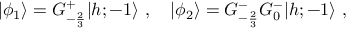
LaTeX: \vert \phi _ { 1 } \rangle = G _ { - { \frac { 2 } { 3 } } } ^ { + } \vert { h ; - 1 } \rangle { } ~ , { } ~ { } ~ { } ~ \vert \phi _ { 2 } \rangle = G _ { - { \frac { 2 } { 3 } } } ^ { - } G _ { 0 } ^ { - } \vert { h ; - 1 } \rangle { } ~ ,